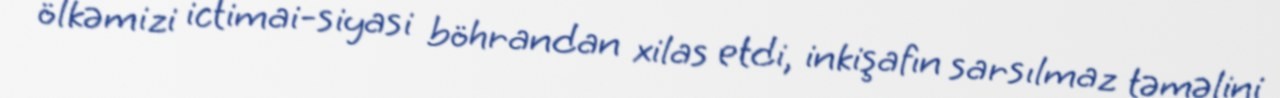
ölkəmizi ictimai-siyasi böhrandan xilas etdi, inkişafın sarsılmaz təməlini